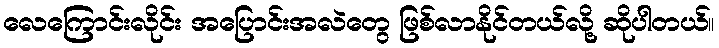
လေကြောင်းလိုင်း အပြောင်းအလဲတွေ ဖြစ်လာနိုင်တယ်လို့ ဆိုပါတယ်။